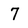
Character: 7